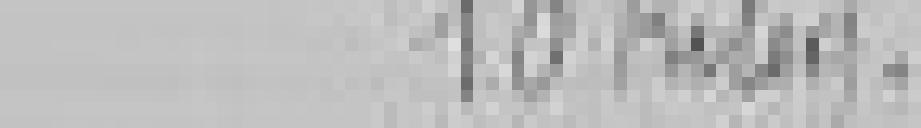
sortie : 10 kilos